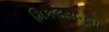
મિકલસનના